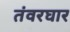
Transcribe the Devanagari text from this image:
तंवरघार